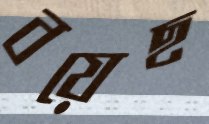
বয়েছ